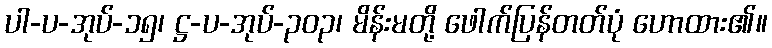
ပါ-ပ-အုပ်-၁၅၊ ဋ္ဌ-ပ-အုပ်-၃၀၃၊ မိန်းမတို့ ဖေါက်ပြန်တတ်ပုံ ဟောထား၏။